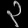
Digit: ၃